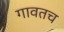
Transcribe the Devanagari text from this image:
गावतच